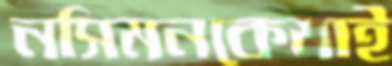
নসিমনকেমাই